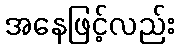
အနေဖြင့်လည်း